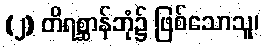
(၂) တိရစ္ဆာန်ဘုံ၌ ဖြစ်သောသူ၊